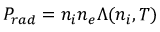
P _ { r a d } = n _ { i } n _ { e } \Lambda ( n _ { i } , T )